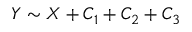
Y \sim X + C _ { 1 } + C _ { 2 } + C _ { 3 }